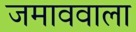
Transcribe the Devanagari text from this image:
जमाववाला